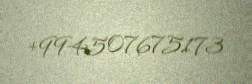
+994507675173